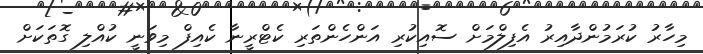
މިހާރު ކުރަމުންދާއިރު އެފިލްމަށް ސޮއިކުރި އަންހެންތަރި ކެޓްރީނާ ކެއިފް މިވަނީ ކުއްލި ގޮތަކަށް